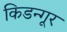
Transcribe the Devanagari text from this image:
किडन्गूर